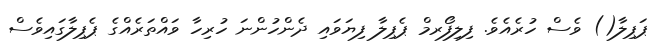
ޕަޕިލާ() ވެސް ހުރެއެވެ. ފިލިފޯރމް ޕެޕިލާ ފިޔަވައި ދެންހުންނަ ހުރިހާ ވައްތަރެއްގެ ޕެޕިލާގައިވެސް